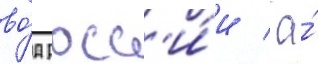
во́д росс'и́и / а́